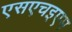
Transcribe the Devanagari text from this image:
एसएचइएम